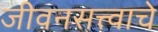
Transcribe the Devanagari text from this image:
जीवनसत्त्वाचे